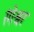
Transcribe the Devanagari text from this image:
रंगेश्वर